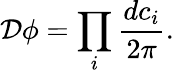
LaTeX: {\mathcal{D}}\phi=\prod_{i}{\frac{dc_{i}}{2\pi}}.